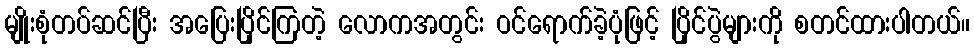
မျိုးစုံတပ်ဆင်ပြီး အပြေးပြိုင်ကြတဲ့ လောကအတွင်း ဝင်ရောက်ခဲ့ပုံဖြင့် ပြိုင်ပွဲများကို စတင်ထားပါတယ်။